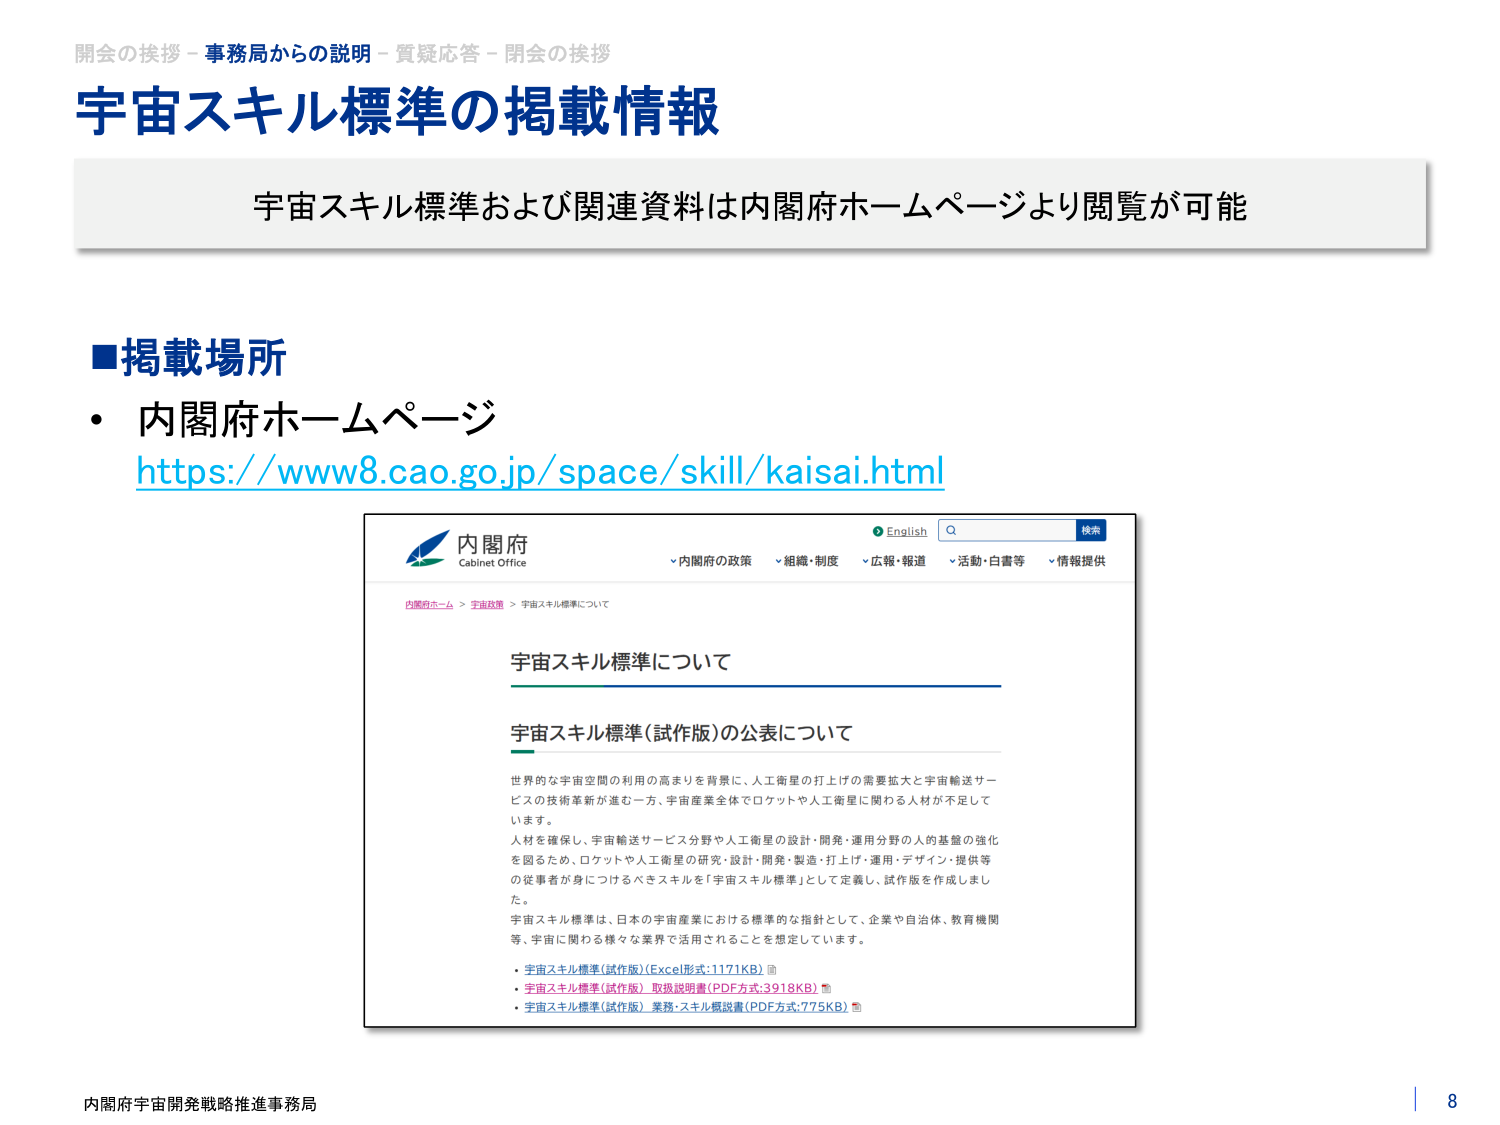
開会の挨拶 - 事務局からの説明 - 質疑応答 - 閉会の挨拶
宇宙スキル標準の掲載情報
宇宙スキル標準および関連資料は内閣府ホームページより閲覧が可能

■掲載場所
・内閣府ホームページ
https://www8.cao.go.jp/space/skill/kaisai.html

内閣府
Cabinet Office
English
検索
▽内閣府の政策
▽組織・制度
▽広報・報道
▽活動・白書等
▽情報提供

内閣府ホーム > 宇宙政策 > 宇宙スキル標準について

宇宙スキル標準について

宇宙スキル標準（試作版）の公表について

世界的な宇宙空間の利用の高まりを背景に、人工衛星の打上げの需要拡大と宇宙輸送サービスの技術革新が進む一方、宇宙産業全体でロケットや人工衛星に関わる人材が不足しています。
人材を確保し、宇宙輸送サービス分野や人工衛星の設計・開発・運用分野の人的基盤の強化を図るため、ロケットや人工衛星の研究・設計・開発・製造・打上げ・運用・デザイン・提供等の従事者が身につけるべきスキルを「宇宙スキル標準」として定義し、試作版を作成しました。
宇宙スキル標準は、日本の宇宙産業における標準的な指針として、企業や自治体、教育機関等、宇宙に関わる様々な業界で活用されることを想定しています。

・宇宙スキル標準（試作版）（Excel形式:1171KB）
・宇宙スキル標準（試作版） 取扱説明書（PDF方式:3918KB）
・宇宙スキル標準（試作版） 業務・スキル概説書（PDF方式:775KB）

内閣府宇宙開発戦略推進事務局
8